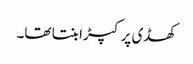
کھڈی پر کپڑا بنتا تھا۔